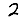
Digit: 2